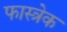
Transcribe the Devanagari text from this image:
फास्त्रेक